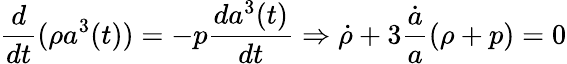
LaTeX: \frac{d}{dt}(\rho a^{3}(t))=-p\frac{da^{3}(t)}{dt}\Rightarrow\dot{\rho}+3\frac{\dot{a}}{a}(\rho+p)=0